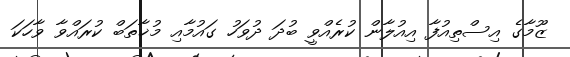
ޒޫމާގެ އިސްތިއުފާ އިއުލާން ކުރެއްވީ ބުދަ ދުވަހު ގައުމާއި މުޚާތަބް ކުރައްވާ ވާހަކަ